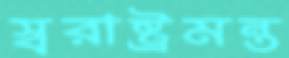
স্বরাষ্ট্রমন্ত